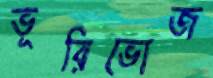
ভূরিভোজ